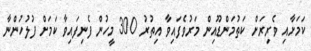
ކަމަށާއި ވެރިރަށް ކަތުމަންޑޫއިން މަރުވެފައިވާ އިތުރު 300 މީހުން ފެނިފައިވާ ކަމަށް ފުލުހުންނާ